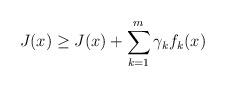
LaTeX: \begin{align*} J(x)\ge J(x)+\sum\limits_{k=1}^m\gamma_kf_k(x)\end{align*}